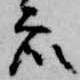
衆